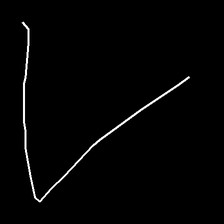
Glyph: region